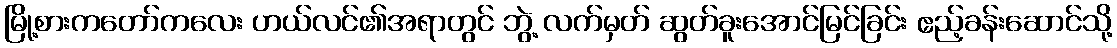
မြို့စားကတော်ကလေး ဟယ်လင်၏အရာတွင် ဘွဲ့ လက်မှတ် ဆွတ်ခူးအောင်မြင်ခြင်း ဧည့်ခန်းဆောင်သို့